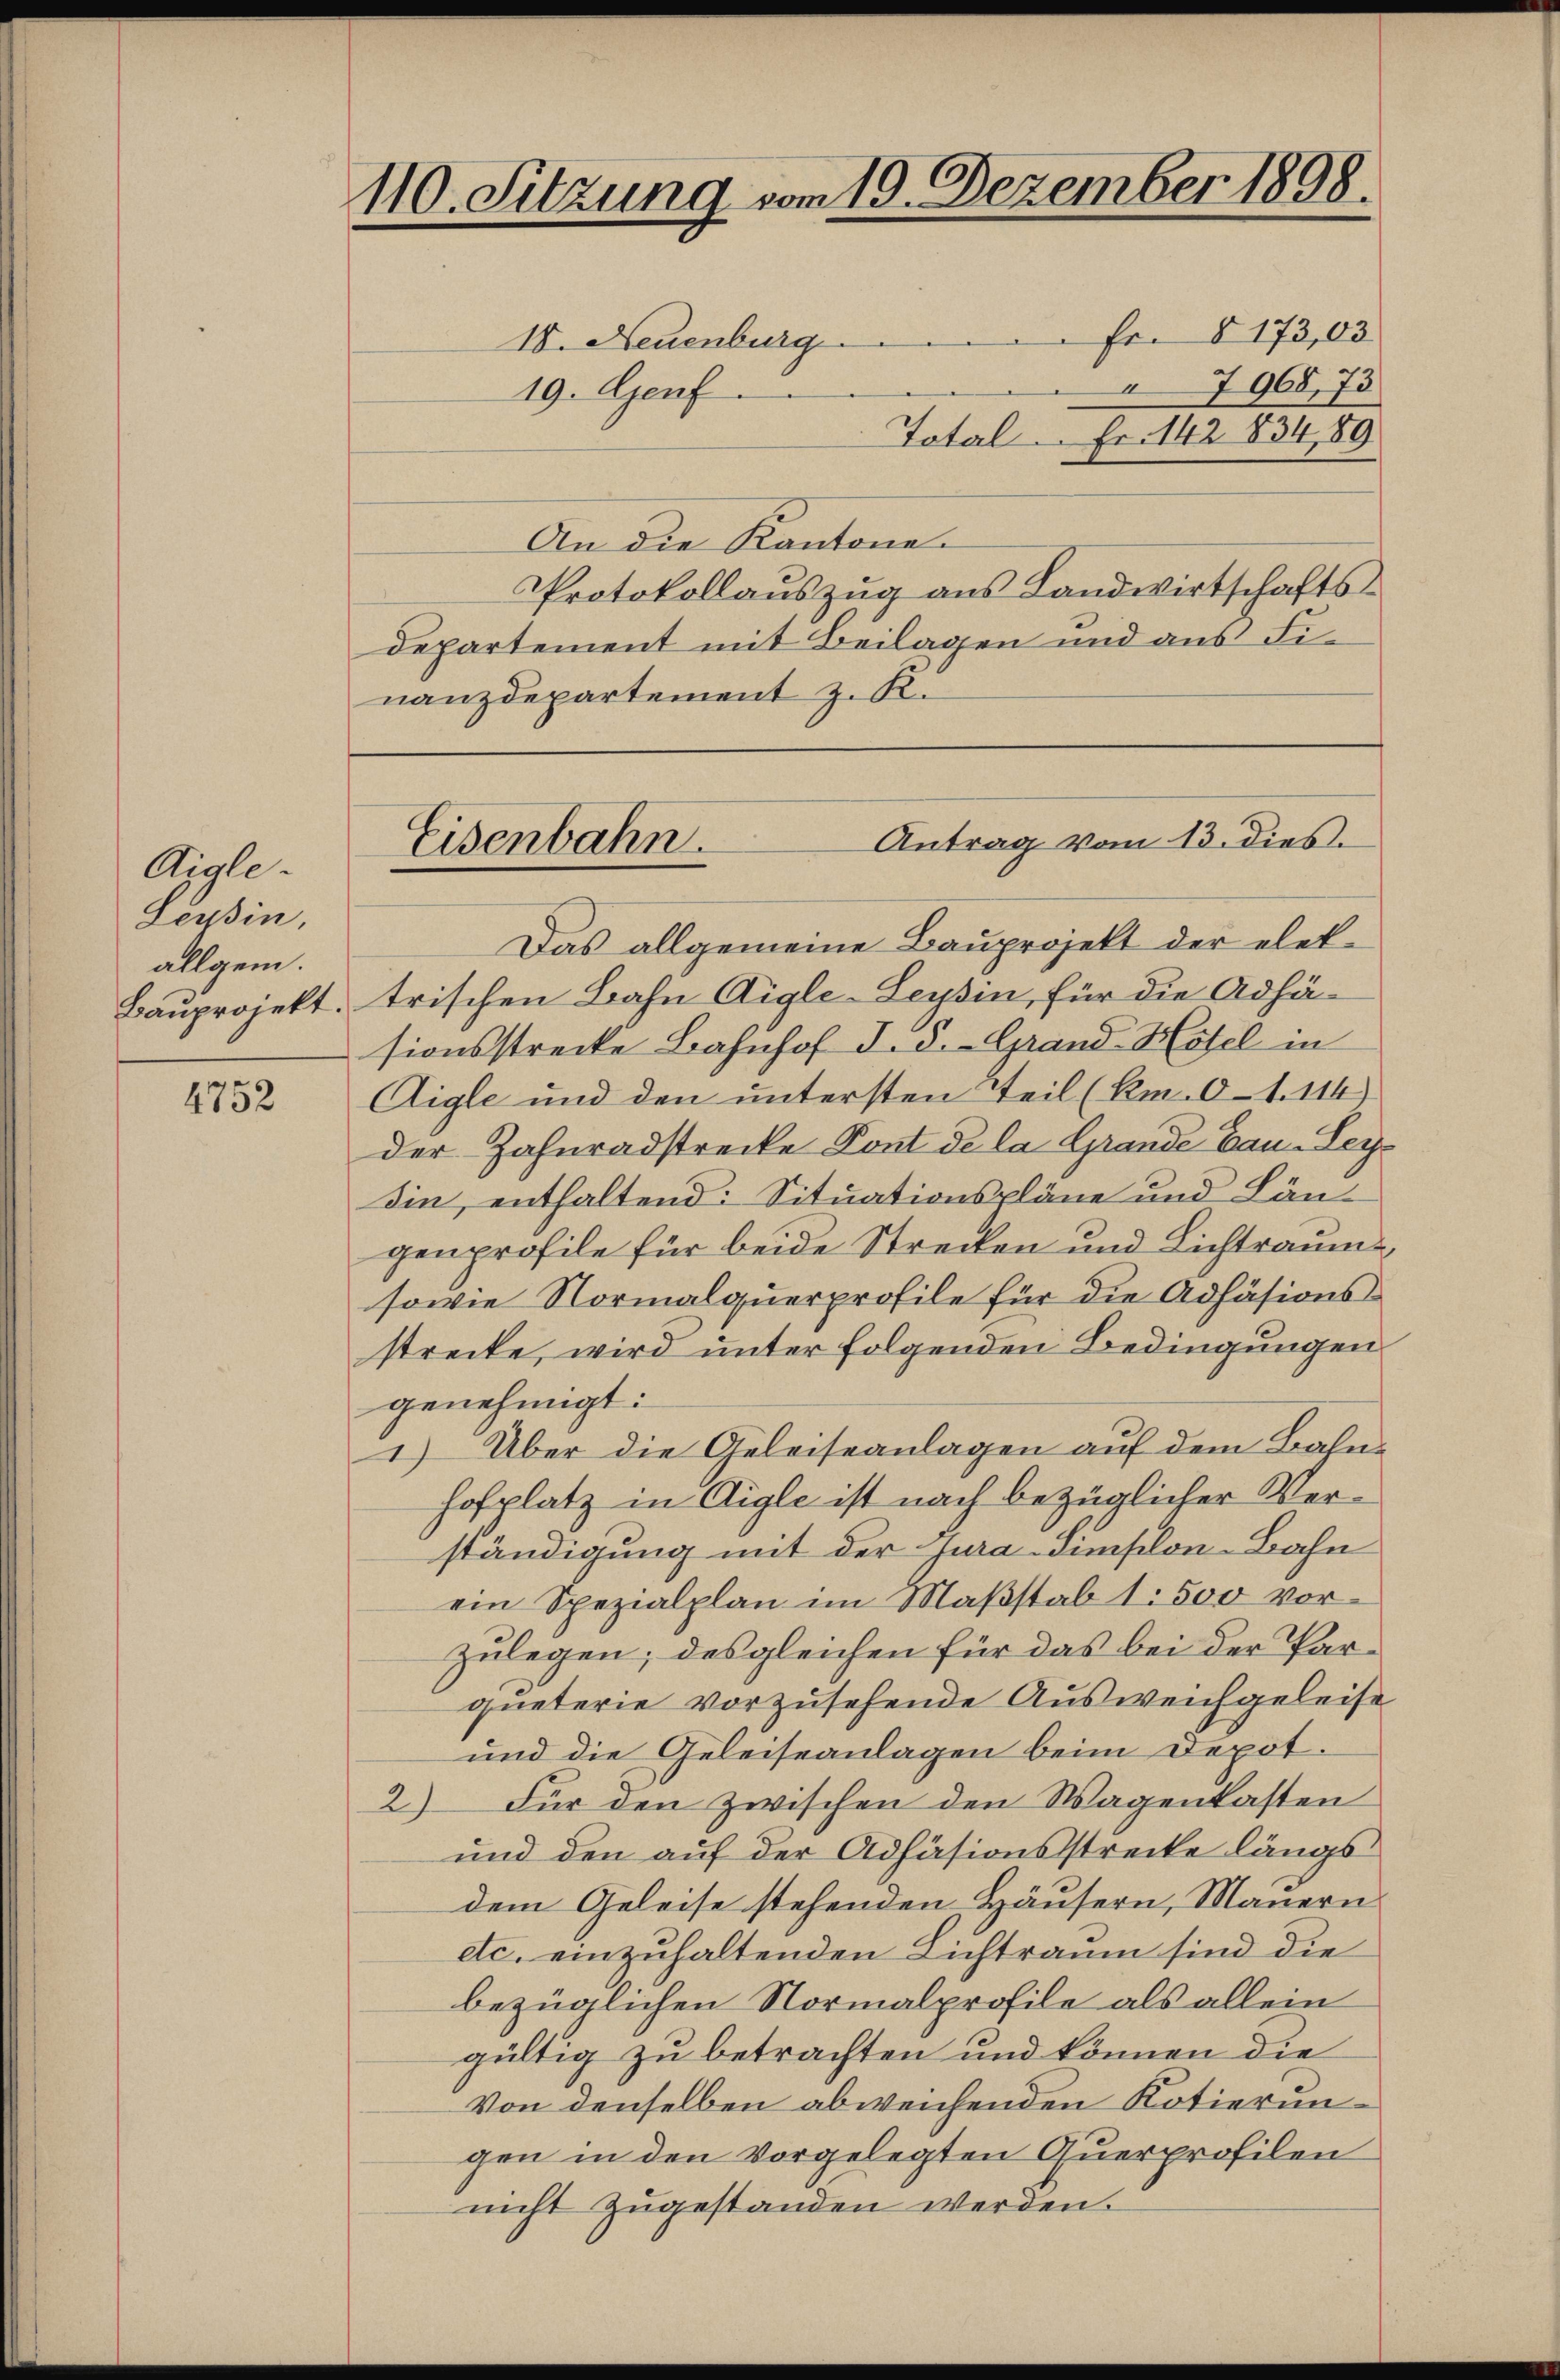
Diale.
Tessin,
allgem.
Bauprojekt.

4752

IV. Neuenburg Fr. 8173,03
19. Genf
Total Fr. 142 834, 89
An die Kantone.
Protokollauszug aus Landwirtschafts-
departement mit Beilagen und aus Finanzdepartement z. R.

110. Sitzung vom 19. Dezember 1898.

Antrag vom 13. dies
Eisenbahn.

7968,75

Das allgemeine Bauprojekt der elektrischen Bahn Aigle-Leysin, für die Adhäsionsstrecke Bahnhof I. S. Grand- Hösel in
Aigle und den untersten Teil (Rm. 0-1.114)
der Zahnradstrecke Pont de la Grande Bau-Leysin, enthaltend: Situationspläne und Längenprofile für beide Strecken und Lichtraume,
sowie Normalquerprofile für die Adhäsionsstrecke, wird unter folgenden Bedingungen
genehmigt:
1) Über die Geleiseanlagen auf dem Bahnhofplatz in Aigle ist nach bezüglicher Verständigung mit der Jura-Simplon-Bahn
ein Spezialplan im Maßstab 1: 500 vorzulegen; des gleichen für das bei der Parqueterie vorzusehende Ausweichgeleise
und die Geleiseanlagen beim Depot.
2) Für den zwischen den Wagenkasten
und den auf der Adhäsionsstrecke längs
dem Geleise stehenden Häusern, Mauern
etc. einzuhaltenden Lichtraum sind die
bezüglichen Normalprofile als allein
gültig zu betrachten und können die
Von denselben abweichenden Kotierungen in den vorgelegten Querprofilen
nicht zugestanden werden.